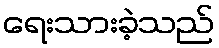
ရေးသားခဲ့သည်